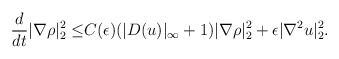
\begin{align*}\frac{d}{dt}|\nabla \rho|^2_2\leq& C(\epsilon)(|D( u)|_\infty+1)|\nabla \rho|^2_2+\epsilon |\nabla^2 u|^2_2.\end{align*}